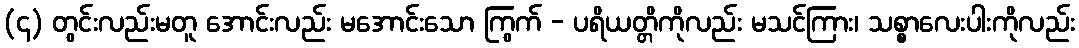
(၄) တွင်းလည်းမတူ အောင်းလည်း မအောင်းသော ကြွက် - ပရိယတ္တိကိုလည်း မသင်ကြား၊ သစ္စာလေးပါးကိုလည်း